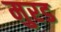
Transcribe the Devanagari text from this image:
मुरड